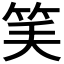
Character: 𥬘